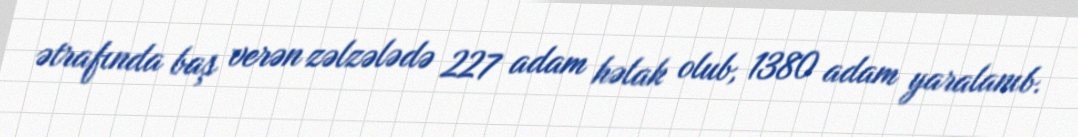
ətrafında baş verən zəlzələdə 227 adam həlak olub, 1380 adam yaralanıb.